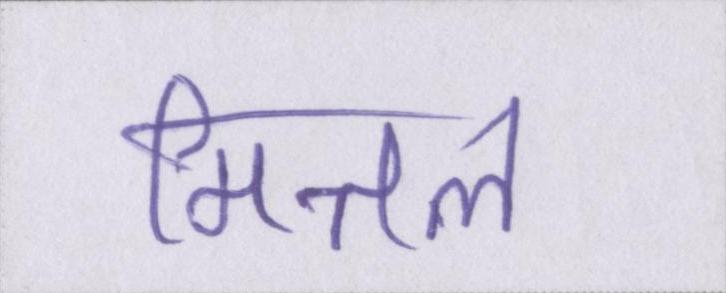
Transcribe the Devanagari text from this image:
मित्तल